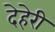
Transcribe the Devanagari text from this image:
देहेरी